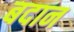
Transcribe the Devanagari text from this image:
बदान